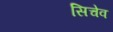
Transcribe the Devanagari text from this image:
सिचेव